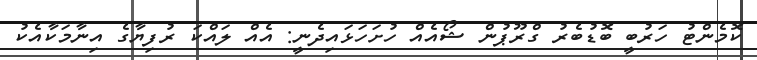
ކޮމެންޓު ހަރުބީ ބޮޑުބެރު ގްރޫޕުން ޝޯއެއް ހުށަހަޅައިދެނީ: އެއް ލައްކަ ރުފިޔާގެ އިނާމަކާއެކު